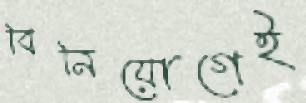
বিনিয়োগেই